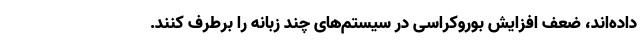
داده‌اند، ضعف افزایش بوروکراسی در سیستم‌های چند زبانه را برطرف کنند.